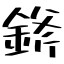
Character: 𨨞